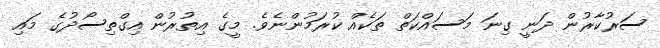
ސަރުކާރުން ދަނީ ގިނަ މަސައްކަތް ތަކެއް ކުރަމުންނެވެ. މީގެ އިތުރުން އިގްތިސޯދުގެ މައި